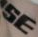
SE